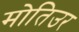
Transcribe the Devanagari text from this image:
मोतिउर